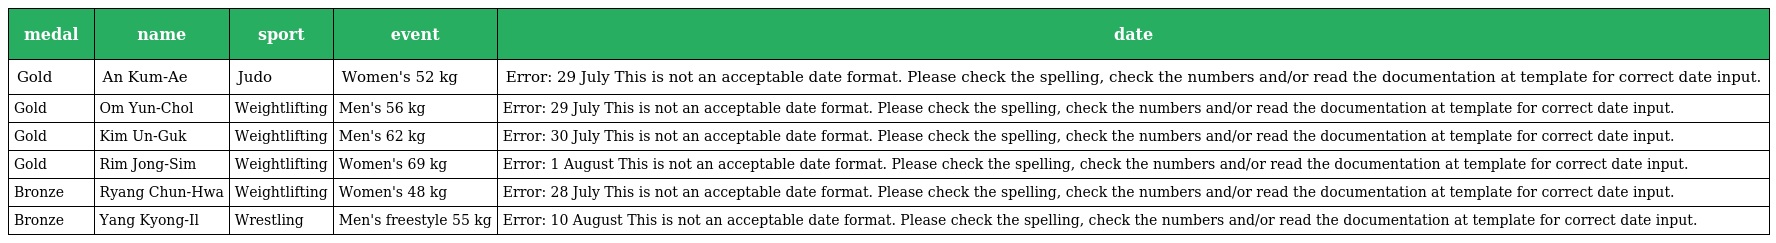
| medal | name | sport | event | date |
 | --- | --- | --- | --- | --- |
 | Gold | An Kum-Ae | Judo | Women's 52 kg | Error: 29 July This is not an acceptable date format. Please check the spelling, check the numbers and/or read the documentation at template for correct date input. |
 | Gold | Om Yun-Chol | Weightlifting | Men's 56 kg | Error: 29 July This is not an acceptable date format. Please check the spelling, check the numbers and/or read the documentation at template for correct date input. |
 | Gold | Kim Un-Guk | Weightlifting | Men's 62 kg | Error: 30 July This is not an acceptable date format. Please check the spelling, check the numbers and/or read the documentation at template for correct date input. |
 | Gold | Rim Jong-Sim | Weightlifting | Women's 69 kg | Error: 1 August This is not an acceptable date format. Please check the spelling, check the numbers and/or read the documentation at template for correct date input. |
 | Bronze | Ryang Chun-Hwa | Weightlifting | Women's 48 kg | Error: 28 July This is not an acceptable date format. Please check the spelling, check the numbers and/or read the documentation at template for correct date input. |
 | Bronze | Yang Kyong-Il | Wrestling | Men's freestyle 55 kg | Error: 10 August This is not an acceptable date format. Please check the spelling, check the numbers and/or read the documentation at template for correct date input. |